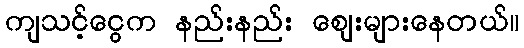
ကျသင့်ငွေက နည်းနည်း ဈေးများနေတယ်။